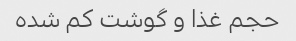
حجم غذا و گوشت کم شده